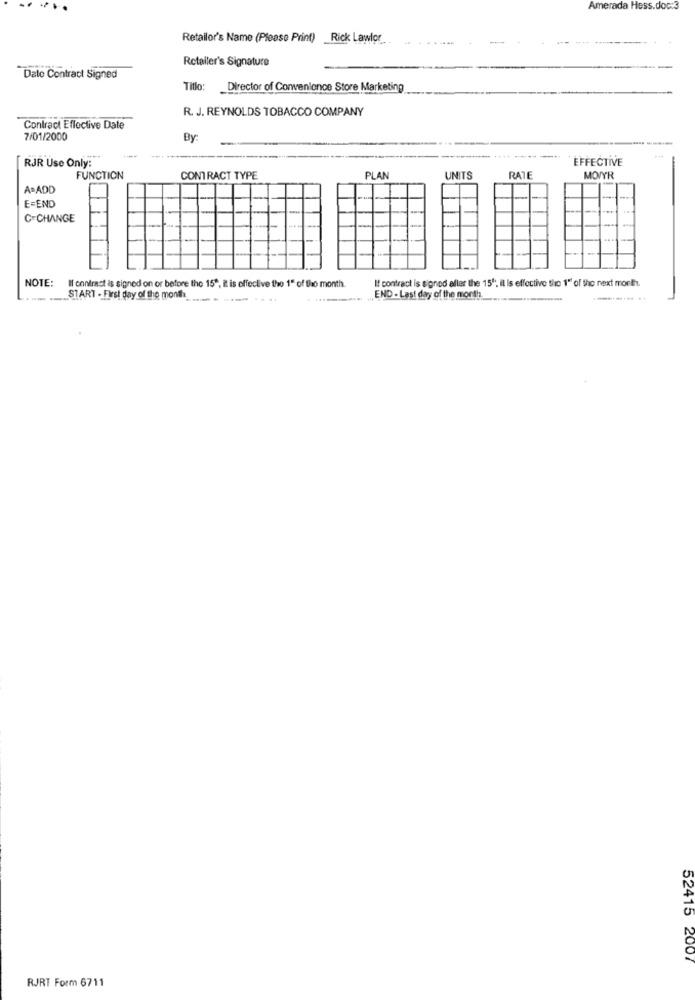
Amerada Hess.doc:3
Retailor's Name (Please Print) _Rick Lawler
Retailer's Signature
Date Contract Signed
Titlo:
Director of Convenience Store Marketing
R. J. REYNOLDS TOBACCO COMPANY
Contract Effective Date
7/01/2000
By:
-
RJR Use Only:
EFFECTIVE
FUNCTION
CONTRACT TYPE
PLAN
UNITS
RATE
MOIYR
A=ADD
E=END
-
C=CHANGE
NOTE:
If contract is signed aller the 15", il Is effective tic 1" of the next month.
Il contract is signed on or before the 15", it is effective the 1" of the month.
START - First day of the month
END - Last day of the month.
.......... ..
52415 2007
RJRT Form 6711